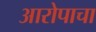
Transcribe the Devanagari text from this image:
आरोपाचा